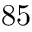
8 5